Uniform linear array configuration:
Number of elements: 64
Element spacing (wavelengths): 0.25
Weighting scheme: exponential
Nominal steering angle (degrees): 0
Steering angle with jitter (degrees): -1.751
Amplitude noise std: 0.05
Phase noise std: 0.05

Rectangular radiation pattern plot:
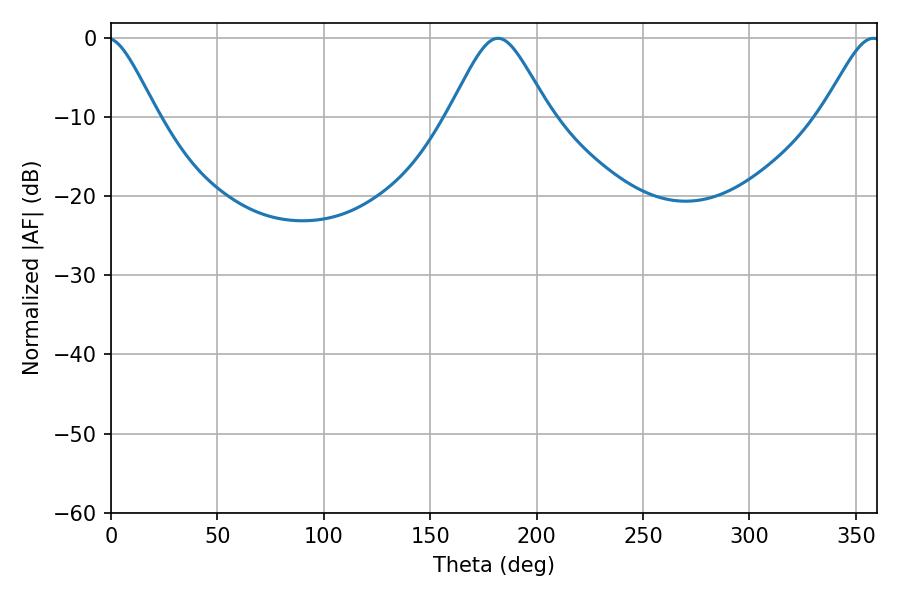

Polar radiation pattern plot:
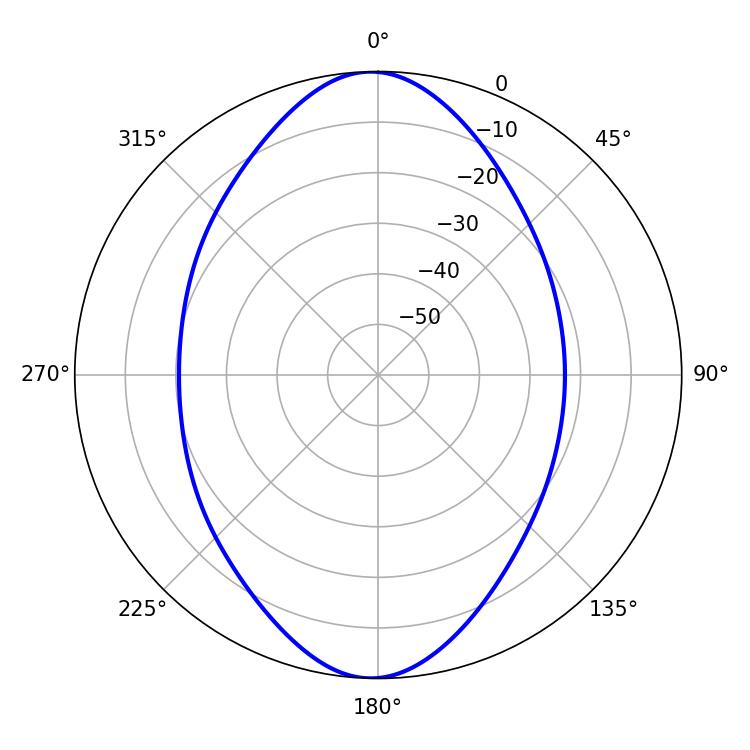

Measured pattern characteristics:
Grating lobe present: FALSE
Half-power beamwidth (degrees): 23.04
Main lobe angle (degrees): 181.8